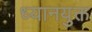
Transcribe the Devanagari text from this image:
ध्‍यानयुक्त